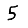
Digit: 5